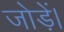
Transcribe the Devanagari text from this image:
जोड़ें।